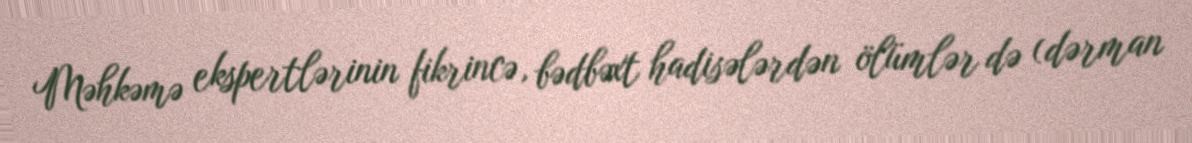
Məhkəmə ekspertlərinin fikrincə, bədbəxt hadisələrdən ölümlər də (dərman